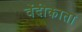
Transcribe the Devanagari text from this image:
वेंदीकाता